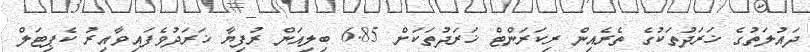
ދައުލަތުގެ ޚަރަދުތަކުގެ ތެރެއިން ރިކަރަންޓް ޚަރަދުތަކަށް 6.85 ބިލިއަން ރުފިޔާ ޚަރަދުވެފައިވާއިރު ކެޕިޓަލް